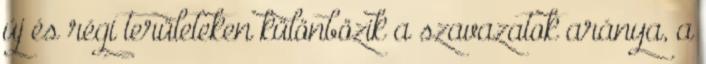
új és régi területeken különbözik a szavazatok aránya, a